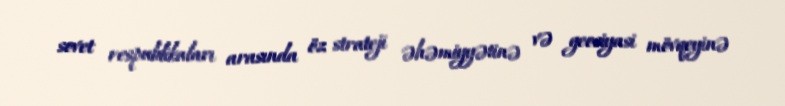
sovet respublikaları arasında öz strateji əhəmiyyətinə və geosiyasi mövqeyinə